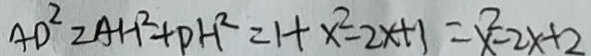
A D ^ { 2 } = A H ^ { 2 } + P H ^ { 2 } = 1 + x ^ { 2 } - 2 x + 1 = x ^ { 2 } - 2 x + 2